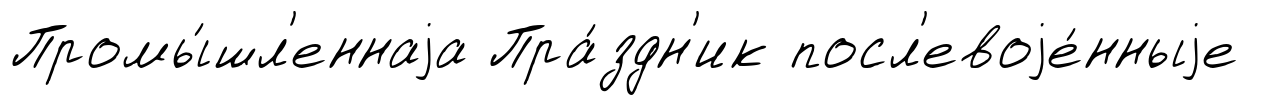
Промы́шл'еннаjа Пра́здн'ик посл'евоjе́нныjе